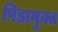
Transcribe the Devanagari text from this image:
पिडामुक्त